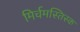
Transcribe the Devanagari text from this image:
मिर्चमस्तिस्क